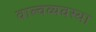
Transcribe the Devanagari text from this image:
वाल्वव्यवस्था